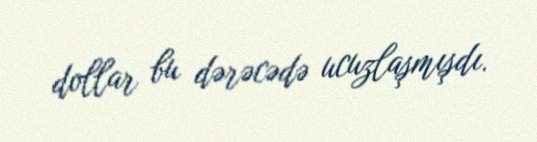
dollar bu dərəcədə ucuzlaşmışdı.